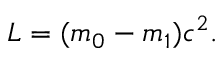
L = { ( m _ { 0 } - m _ { 1 } ) c ^ { 2 } } .